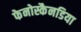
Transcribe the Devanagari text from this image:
फेनोस्कैनडिया